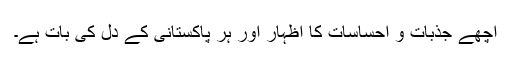
اچھے جذبات و احساسات کا اظہار اور ہر پاکستانی کے دل کی بات ہے۔